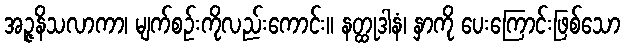
အဉ္ဇနိသလာကာ၊ မျက်စဉ်းကိုလည်းကောင်း။ နတ္ထုဒါနံ၊ နှာကို ပေးကြောင်းဖြစ်သော